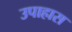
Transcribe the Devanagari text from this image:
उपाहास